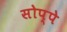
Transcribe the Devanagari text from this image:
सोप्पे